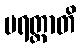
ပရတ္ထာတိ